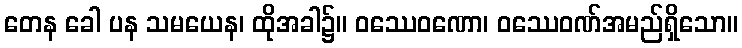
တေန ခေါ ပန သမယေန၊ ထိုအခါ၌။ ဝဿေဝဏော၊ ဝဿေဝဏ်အမည်ရှိသော။